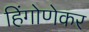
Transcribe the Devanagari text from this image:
हिंगोणेकर